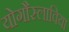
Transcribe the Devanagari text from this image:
योगौस्लाविया